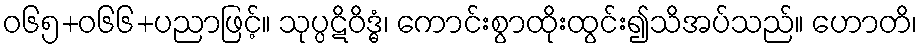
ဝ၆၅+၀၆၆+ပညာဖြင့်။ သုပ္ပဋိဝိဒ္ဓံ၊ ကောင်းစွာထိုးထွင်း၍သိအပ်သည်။ ဟောတိ၊